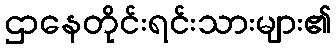
ဌာနေတိုင်းရင်းသားများ၏